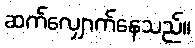
ဆက်လျှောက်နေသည်။